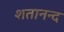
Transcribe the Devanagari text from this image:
शतानन्द